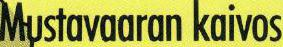
Mustavaaran kaivos